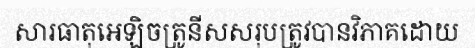
សារធាតុអេឡិចត្រូនីសសរុបត្រូវបានវិភាគដោយ